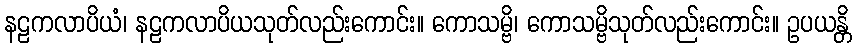
နဠကလာပိယံ၊ နဠကလာပိယသုတ်လည်းကောင်း။ ကောသမ္ဗိ၊ ကောသမ္ဗိသုတ်လည်းကောင်း။ ဥပယန္တိ